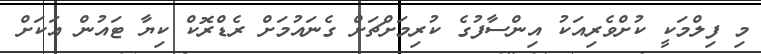
މި ފިލްމަކީ ކުށްވެރިއަކު އިންސާފުގެ ކުރިމަށްޗަށް ގެނައުމަށް ރެޑްރޮކް ކިޔާ ޓައުން އަކަށް